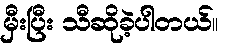
မှီးပြီး သီဆိုခဲ့ပါတယ်။